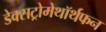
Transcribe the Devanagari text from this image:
डेक्सट्रोमेथॉर्थफन